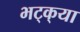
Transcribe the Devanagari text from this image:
भट्‌क्‌या